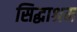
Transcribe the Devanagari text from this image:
सिद्धाश्रम